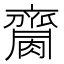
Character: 𪗌